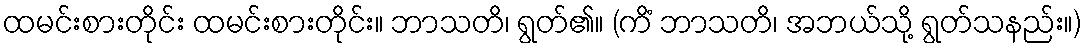
ထမင်းစားတိုင်း ထမင်းစားတိုင်း။ ဘာသတိ၊ ရွတ်၏။ (ကိံ ဘာသတိ၊ အဘယ်သို့ ရွတ်သနည်း။)